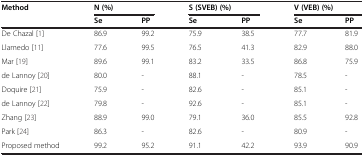
<table><thead><tr><td><b>Method</b></td><td colspan="2"><b>N (%)</b></td><td colspan="2"><b>S (SVEB) (%)</b></td><td colspan="2"><b>V (VEB) (%)</b></td></tr><tr><td><b> </b></td><td><b>Se</b></td><td><b>PP</b></td><td><b>Se</b></td><td><b>PP</b></td><td><b>Se</b></td><td><b>PP</b></td></tr></thead><tbody><tr><td>De Chazal [1]</td><td>86.9</td><td>99.2</td><td>75.9</td><td>38.5</td><td>77.7</td><td>81.9</td></tr><tr><td>Llamedo [11]</td><td>77.6</td><td>99.5</td><td>76.5</td><td>41.3</td><td>82.9</td><td>88.0</td></tr><tr><td>Mar [19]</td><td>89.6</td><td>99.1</td><td>83.2</td><td>33.5</td><td>86.8</td><td>75.9</td></tr><tr><td>de Lannoy [20]</td><td>80.0</td><td>-</td><td>88.1</td><td>-</td><td>78.5</td><td>-</td></tr><tr><td>Doquire [21]</td><td>75.9</td><td>-</td><td>82.6</td><td>-</td><td>85.1</td><td>-</td></tr><tr><td>de Lannoy [22]</td><td>79.8</td><td>-</td><td>92.6</td><td>-</td><td>85.1</td><td>-</td></tr><tr><td>Zhang [23]</td><td>88.9</td><td>99.0</td><td>79.1</td><td>36.0</td><td>85.5</td><td>92.8</td></tr><tr><td>Park [24]</td><td>86.3</td><td>-</td><td>82.6</td><td>-</td><td>80.9</td><td>-</td></tr><tr><td>Proposed method</td><td>99.2</td><td>95.2</td><td>91.1</td><td>42.2</td><td>93.9</td><td>90.9</td></tr></tbody></table>